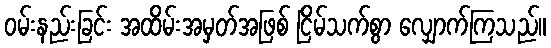
ဝမ်းနည်းခြင်း အထိမ်းအမှတ်အဖြစ် ငြိမ်သက်စွာ လျှောက်ကြသည်။